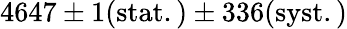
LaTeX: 4647\pm 1\mathrm{{(stat.)}\pm 336\mathrm{{(syst.)}}}